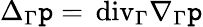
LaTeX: \Delta_{\Gamma}\mathtt{p}={\mathop{\, \mathrm{{div}}}}_{\Gamma}\nabla_{\Gamma}\mathtt{p}